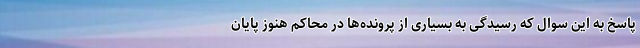
پاسخ به این سوال که رسیدگی به بسیاری از پرونده‌ها در محاکم هنوز پایان